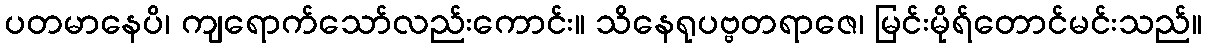
ပတမာနေပိ၊ ကျရောက်သော်လည်းကောင်း။ သိနေရုပဗ္ဗတရာဇေ၊ မြင်းမိုရ်တောင်မင်းသည်။